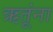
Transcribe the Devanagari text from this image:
ऋतूंना